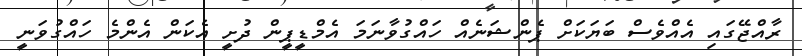
ރާއްޖޭގައި އެއްވެސް ބަޔަކަށް ޕެންޝަނެއް ހައްގުވާނަމަ އެމްޑީޕީން ދުށީ އެކަން އެންމެ ހައްގުވަނީ